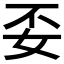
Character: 𮰼